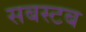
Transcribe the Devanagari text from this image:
सबस्टब